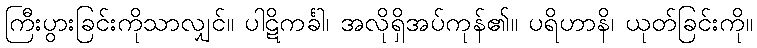
ကြီးပွားခြင်းကိုသာလျှင်။ ပါဋိကင်္ခါ၊ အလိုရှိအပ်ကုန်၏။ ပရိဟာနိ၊ ယုတ်ခြင်းကို။